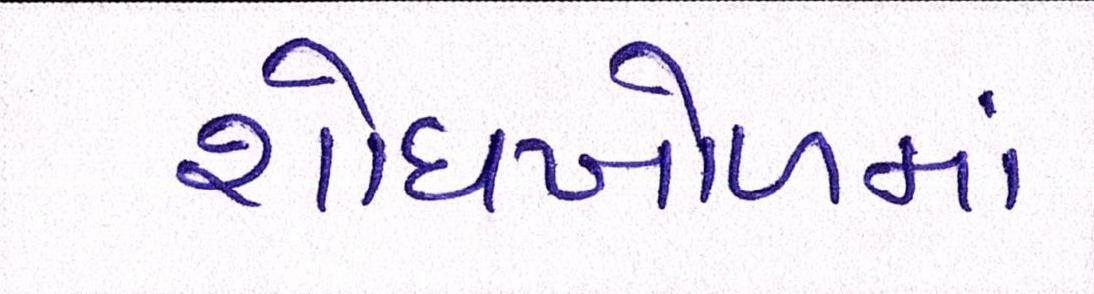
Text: શોધખોળમાં